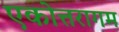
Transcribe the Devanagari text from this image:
एकोत्तरागम